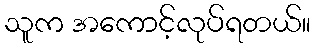
သူက အကောင့်လုပ်ရတယ်။